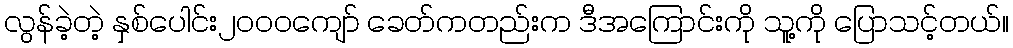
လွန်ခဲ့တဲ့ နှစ်ပေါင်း၂၀၀၀ကျော် ခေတ်ကတည်းက ဒီအကြောင်းကို သူ့ကို ပြောသင့်တယ်။